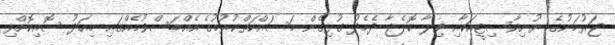
ޖަރުމަނުގެ ޔުނިވާސިޓީއަކާއި ވިލާ ކޮލެޖާ ދެމެދު ގުޅިގެން މަސައްކަތްކުރުމުގެ އެއްބަސްވުމެއްގައި މިއަދު ސޮއިކޮށްފި